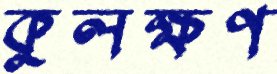
কুলক্ষণ